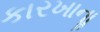
કારખાનાૢ